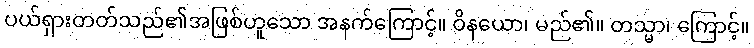
ပယ်ရှားတတ်သည်၏အဖြစ်ဟူသော အနက်ကြောင့်။ ဝိနယော၊ မည်၏။ တသ္မာ၊ ကြောင့်။